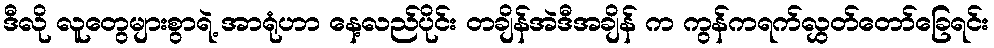
ဒီလို လူတွေများစွာရဲ့ အာရုံဟာ နေ့လည်ပိုင်း တချိန်အဲဒီအချိန် က ကွန်ကရက်လွှတ်တော်ခြေရင်း